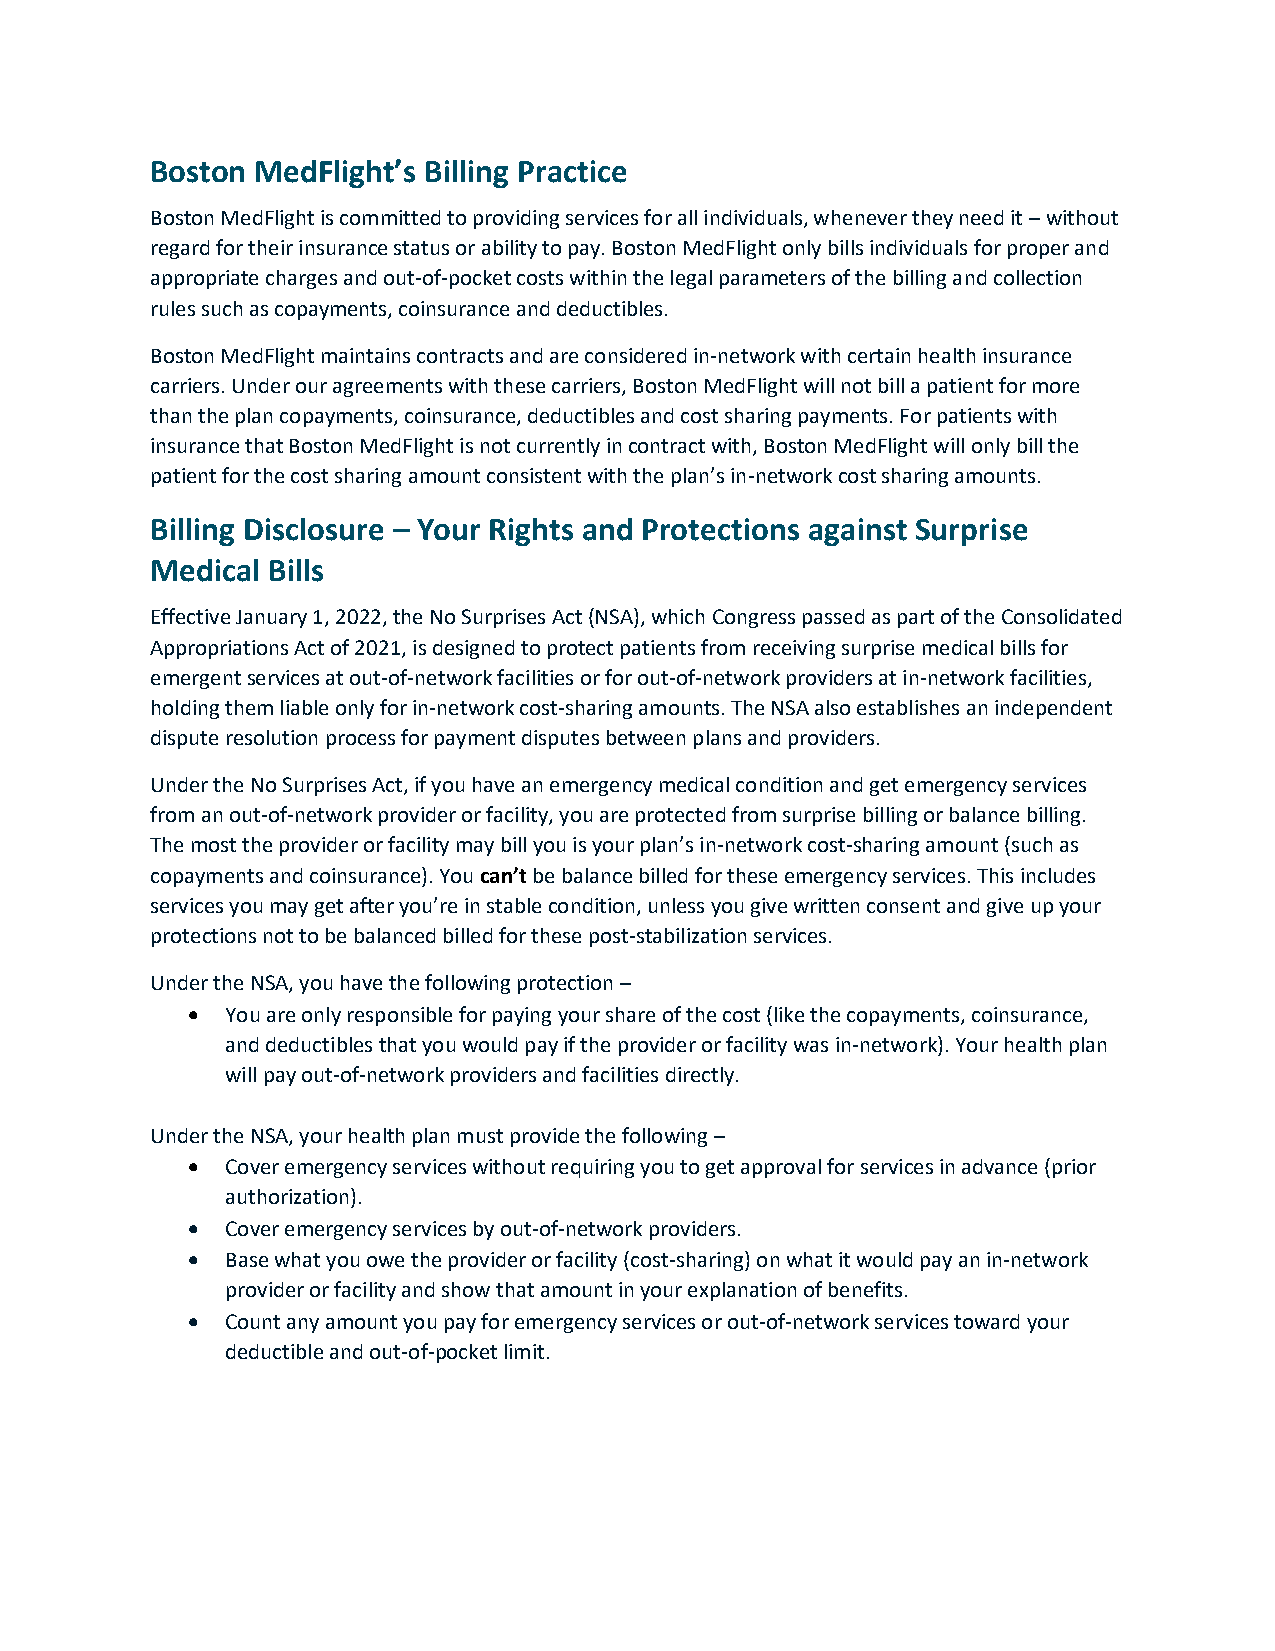
Boston MedFlight’s Billing Practice
 Boston MedFlight is committed to providing services for all individuals, whenever they need it – without
 regard for their insurance status or ability to pay. Boston MedFlight only bills individuals for proper and
 appropriate charges and out-of-pocket costs within the legal parameters of the billing and collection
 rules such as copayments, coinsurance and deductibles.
 Boston MedFlight maintains contracts and are considered in-network with certain health insurance
 carriers. Under our agreements with these carriers, Boston MedFlight will not bill a patient for more
 than the plan copayments, coinsurance, deductibles and cost sharing payments. For patients with
 insurance that Boston MedFlight is not currently in contract with, Boston MedFlight will only bill the
 patient for the cost sharing amount consistent with the plan’s in-network cost sharing amounts.
 Billing Disclosure – Your Rights and Protections against Surprise
 Medical Bills
 Effective January 1, 2022, the No Surprises Act (NSA), which Congress passed as part of the Consolidated
 Appropriations Act of 2021, is designed to protect patients from receiving surprise medical bills for
 emergent services at out-of-network facilities or for out-of-network providers at in-network facilities,
 holding them liable only for in-network cost-sharing amounts. The NSA also establishes an independent
 dispute resolution process for payment disputes between plans and providers.
 Under the No Surprises Act, if you have an emergency medical condition and get emergency services
 from an out-of-network provider or facility, you are protected from surprise billing or balance billing.
 The most the provider or facility may bill you is your plan’s in-network cost-sharing amount (such as
 copayments and coinsurance). You can’t be balance billed for these emergency services. This includes
 services you may get after you’re in stable condition, unless you give written consent and give up your
 protections not to be balanced billed for these post-stabilization services.
 Under the NSA, you have the following protection –
 •  You are only responsible for paying your share of the cost (like the copayments, coinsurance,
 and deductibles that you would pay if the provider or facility was in-network). Your health plan
 will pay out-of-network providers and facilities directly.
 Under the NSA, your health plan must provide the following –
 •  Cover emergency services without requiring you to get approval for services in advance (prior
 authorization).
 •  Cover emergency services by out-of-network providers.
 •  Base what you owe the provider or facility (cost-sharing) on what it would pay an in-network
 provider or facility and show that amount in your explanation of benefits.
 •  Count any amount you pay for emergency services or out-of-network services toward your
 deductible and out-of-pocket limit.